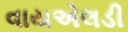
વાયએલડી